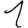
Digit: 1